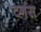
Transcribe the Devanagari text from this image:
टर्नस